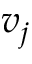
v _ { j }